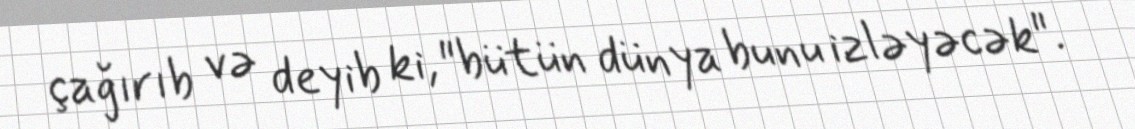
çağırıb və deyib ki, "bütün dünya bunu izləyəcək".